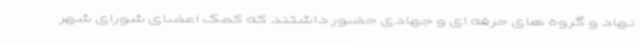
نهاد و گروه های حرفه ای و جهادی حضور داشتند که کمک اعضای شورای شهر